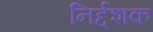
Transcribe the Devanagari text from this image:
निर्द्दशक